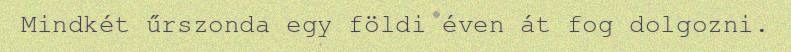
Mindkét űrszonda egy földi éven át fog dolgozni.